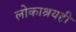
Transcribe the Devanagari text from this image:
लोकाश्रयही